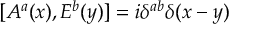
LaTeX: [ A ^ { a } ( x ) , E ^ { b } ( y ) ] = i \delta ^ { a b } \delta ( x - y )